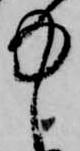
中